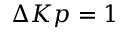
\Delta K p = 1